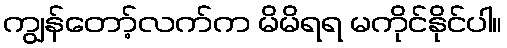
ကျွန်တော့်လက်က မိမိရရ မကိုင်နိုင်ပါ။